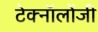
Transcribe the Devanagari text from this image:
टेक्नॉलोंजी